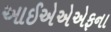
આઈએએએફના